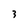
Character: 3